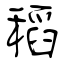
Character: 稻